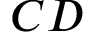
\boldsymbol C \boldsymbol D